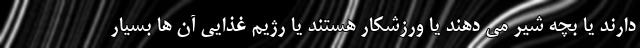
دارند یا بچه شیر می دهند یا ورزشکار هستند یا رژیم غذایی آن ها بسیار